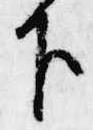
下